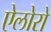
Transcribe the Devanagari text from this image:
ऐलोरो